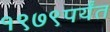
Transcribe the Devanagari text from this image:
१९७९पर्यंत